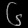
Digit: ၆